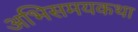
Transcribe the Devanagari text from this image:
अभिसमयकथा